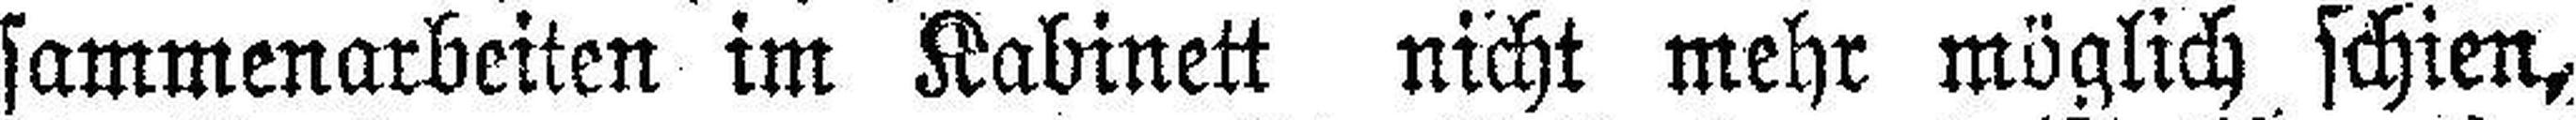
sammenarbeiten im Kabinett nicht mehr möglich schien,